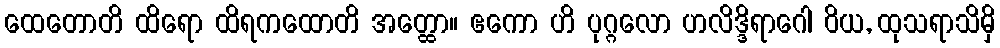
ထေတောတိ ထိရော ထိရကထောတိ အတ္ထော။ ဧကော ဟိ ပုဂ္ဂလော ဟလိဒ္ဒိရာဂေါ ဝိယ, ထုသရာသိမှိ